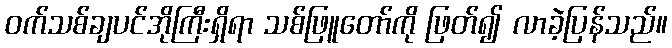
ဝက်သစ်ချပင်အိုကြီးရှိရာ သစ်ဖြူတော်ကို ဖြတ်၍ လာခဲ့ပြန်သည်။